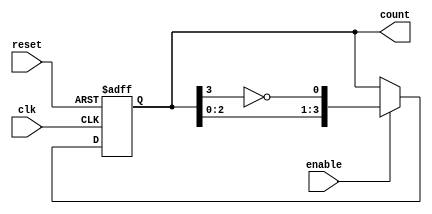
module johnson_counter #(
    parameter N = 4  // Number of flip-flops
) (
    input wire clk,            // Clock signal
    input wire reset,          // Asynchronous reset signal
    input wire enable,         // Enable signal
    output reg [N-1:0] count   // Counter output
);

    always @(posedge clk or posedge reset) begin
        if (reset) begin
            count <= 0;  // Reset the counter to 0
        end else if (enable) begin
            count <= {count[N-2:0], ~count[N-1]};  // Shift and invert the last bit
        end
        // If enable is low, retain the current state
    end

endmodule